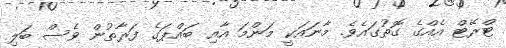
ޓްރޭޓް އެއްގެ ގޮތުގައެވެ. މާނައަކީ މަންމަ އާއި ބައްޕަގެ ފަރާތުން ވެސް ބަލި